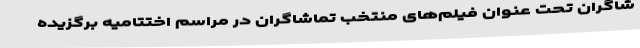
شاگران تحت عنوان فیلم‌های منتخب تماشاگران در مراسم اختتامیه برگزیده